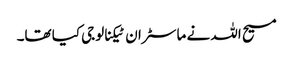
مسیح اللہ نے ماسٹر ان ٹیکنالوجی کیا تھا۔